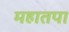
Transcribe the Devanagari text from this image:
महातपा